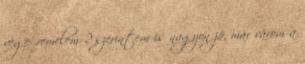
vege .remelem ? szerintem is nagyon jó, már várom a